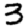
Digit: 3